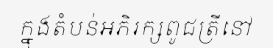
ក្នុងតំបន់អភិរក្សពូជត្រីនៅ